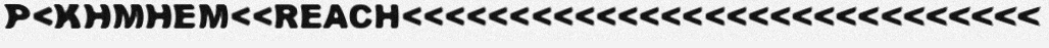
P<KHMHEM<<REACH<<<<<<<<<<<<<<<<<<<<<<<<<<<<<